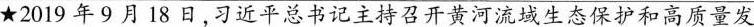
★2019年9月18日，习近平总书记主持召开黄河流域生态保护和高质量发